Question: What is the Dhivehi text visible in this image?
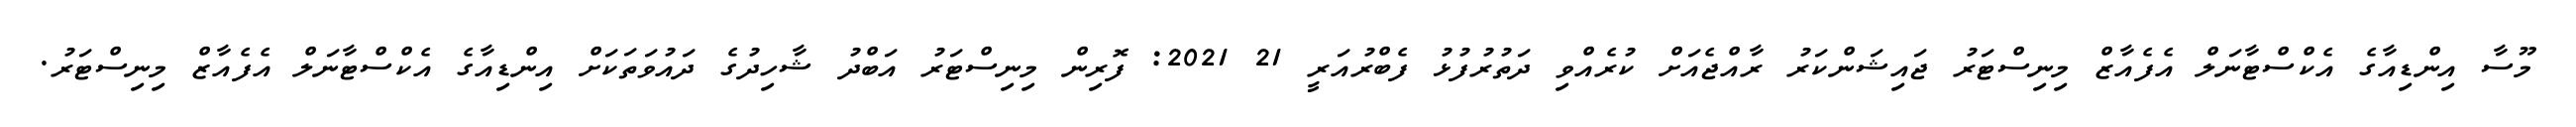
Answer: މޫސާ އިންޑިއާގެ އެކްސްޓާނަލް އެފެއާޒް މިނިސްޓަރު ޖައިޝަންކަރު ރާއްޖެއަށް ކުރެއްވި ދަތުރުފުޅު ފެބްރުއަރީ 21 2021: ފޮރިން މިނިސްޓަރު އަބްދު ޝާހިދުގެ ދައުވަތަކަށް އިންޑިއާގެ އެކްސްޓާނަލް އެފެއާޒް މިނިސްޓަރު.